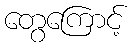
တွေကြောင့်